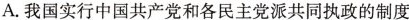
A.我国实行中国共产党和各民主党派共同执政的制度